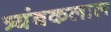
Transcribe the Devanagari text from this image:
त्र्यंबकलाल